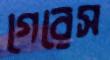
গেরেস